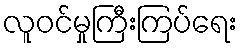
လူဝင်မှုကြီးကြပ်ရေး